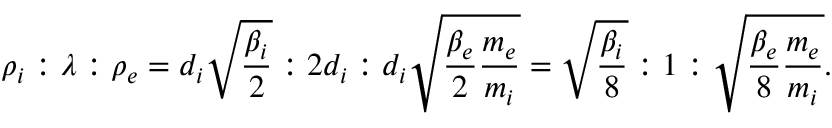
\rho _ { i } : \lambda : \rho _ { e } = d _ { i } \sqrt { \frac { \beta _ { i } } { 2 } } : 2 d _ { i } : d _ { i } \sqrt { \frac { \beta _ { e } } { 2 } \frac { m _ { e } } { m _ { i } } } = \sqrt { \frac { \beta _ { i } } { 8 } } : 1 : \sqrt { \frac { \beta _ { e } } { 8 } \frac { m _ { e } } { m _ { i } } } .